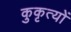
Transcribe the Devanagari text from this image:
कुकृत्‍यों